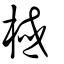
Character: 棫